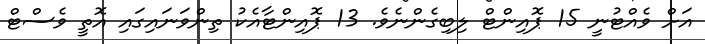
އަށް ވެއްޓުނީ 15 ޕޮއިންޓް ލިބިގެންނެވެ. 13 ޕޮއިންޓާއެކު ތިންވަނައިގައި އޮތީ ވެސްޓް